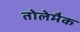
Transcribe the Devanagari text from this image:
तोलेमैक